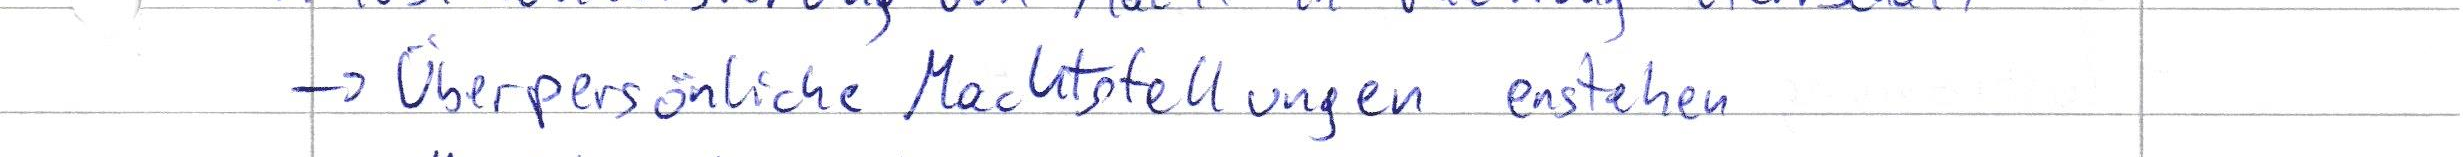
-> Überpersönliche Machtstellungen enstehen